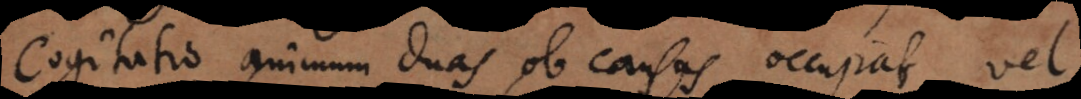
Cogitatio animum duas ob causas occupat, vel